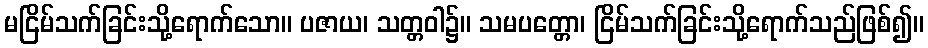
မငြိမ်သက်ခြင်းသို့ရောက်သော။ ပဇာယ၊ သတ္တဝါ၌။ သမပတ္တော၊ ငြိမ်သက်ခြင်းသို့ရောက်သည်ဖြစ်၍။